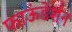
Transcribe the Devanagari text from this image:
फाऊंडेशंन